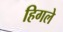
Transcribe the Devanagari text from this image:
हिगले